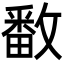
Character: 𫿓